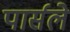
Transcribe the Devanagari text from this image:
पार्सले